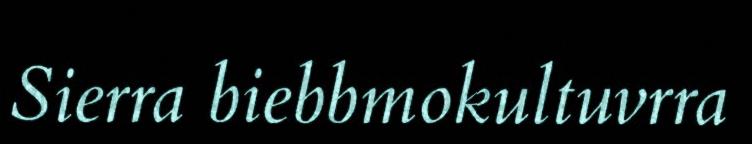
Sierra biebbmokultuvrra